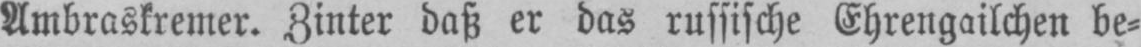
Ambraskremer. Zinter daß er das russische Ehrengailchen be⸗